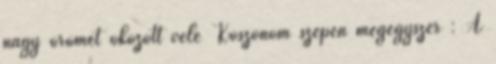
nagy örömet okozott vele Köszönöm szépen mégegyszer : A